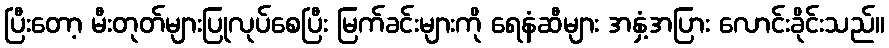
ပြီးတော့ မီးတုတ်များပြုလုပ်စေပြီး မြက်ခင်းများကို ရေနံဆီများ အနှံ့အပြား လောင်းခိုင်းသည်။